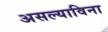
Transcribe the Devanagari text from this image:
असल्याविना